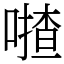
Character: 𠾵